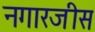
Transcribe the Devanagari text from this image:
नगारजीस